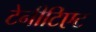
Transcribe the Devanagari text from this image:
टेनीटिएट